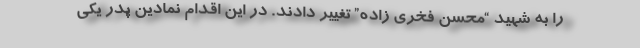
را به شهید “محسن فخری زاده” تغییر دادند. در این اقدام نمادین پدر یکی